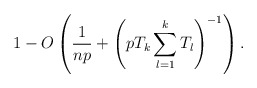
\begin{align*}1- O\left( \frac{1}{np}+ \left( p T_k \sum_{l=1}^kT_l \right) ^{-1} \right).\end{align*}